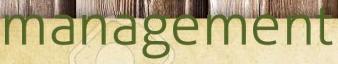
management